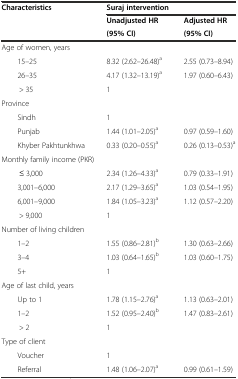
<table><thead><tr><td rowspan="3"><b>Characteristics</b></td><td colspan="2"><b>Suraj intervention</b></td></tr><tr><td><b>Unadjusted HR</b></td><td><b>Adjusted HR</b></td></tr><tr><td><b>(95% CI)</b></td><td><b>(95% CI)</b></td></tr></thead><tbody><tr><td colspan="3">Age of women, years</td></tr><tr><td>15–25</td><td>8.32 (2.62–26.48)<sup>a</sup></td><td>2.55 (0.73–8.94)</td></tr><tr><td>26–35</td><td>4.17 (1.32–13.19)<sup>a</sup></td><td>1.97 (0.60–6.43)</td></tr><tr><td>&gt; 35</td><td>1</td><td></td></tr><tr><td colspan="3">Province</td></tr><tr><td>Sindh</td><td>1</td><td></td></tr><tr><td>Punjab</td><td>1.44 (1.01–2.05)<sup>a</sup></td><td>0.97 (0.59–1.60)</td></tr><tr><td>Khyber Pakhtunkhwa</td><td>0.33 (0.20–0.55)<sup>a</sup></td><td>0.26 (0.13–0.53)<sup>a</sup></td></tr><tr><td colspan="3">Monthly family income (PKR)</td></tr><tr><td>≤ 3,000</td><td>2.34 (1.26–4.33)<sup>a</sup></td><td>0.79 (0.33–1.91)</td></tr><tr><td>3,001–6,000</td><td>2.17 (1.29–3.65)<sup>a</sup></td><td>1.03 (0.54–1.95)</td></tr><tr><td>6,001–9,000</td><td>1.84 (1.05–3.23)<sup>a</sup></td><td>1.12 (0.57–2.20)</td></tr><tr><td>&gt; 9,000</td><td>1</td><td></td></tr><tr><td colspan="3">Number of living children</td></tr><tr><td>1–2</td><td>1.55 (0.86–2.81)<sup>b</sup></td><td>1.30 (0.63–2.66)</td></tr><tr><td>3–4</td><td>1.03 (0.64–1.65)<sup>b</sup></td><td>1.03 (0.60–1.75)</td></tr><tr><td>5+</td><td>1</td><td></td></tr><tr><td colspan="3">Age of last child, years</td></tr><tr><td>Up to 1</td><td>1.78 (1.15–2.76)<sup>a</sup></td><td>1.13 (0.63–2.01)</td></tr><tr><td>1–2</td><td>1.52 (0.95–2.40)<sup>b</sup></td><td>1.47 (0.83–2.61)</td></tr><tr><td>&gt; 2</td><td>1</td><td></td></tr><tr><td colspan="3">Type of client</td></tr><tr><td>Voucher</td><td>1</td><td></td></tr><tr><td>Referral</td><td>1.48 (1.06–2.07)<sup>a</sup></td><td>0.99 (0.61–1.59)</td></tr></tbody></table>